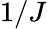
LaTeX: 1/J